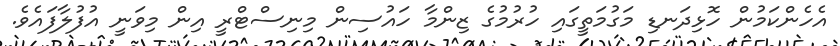
އެހެންކަމުން ހޮޅިދަނޑި މަގުމަތީގައި ހުރުމުގެ ޒިންމާ ހައުސިން މިނިސްޓްރީ އިން މިވަނީ އުފުލާފައެވެ.